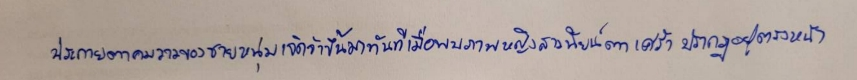
ประกายตาคมวาวของชายหนุ่มเจิดจ้าขึ้นมาทันทีเมื่อพบภาพหญิงสาวนัยน์ตาเศร้าปรากฏอยู่ตรงหน้า